Regulations for the medical services of the Army of India
Year: 1930
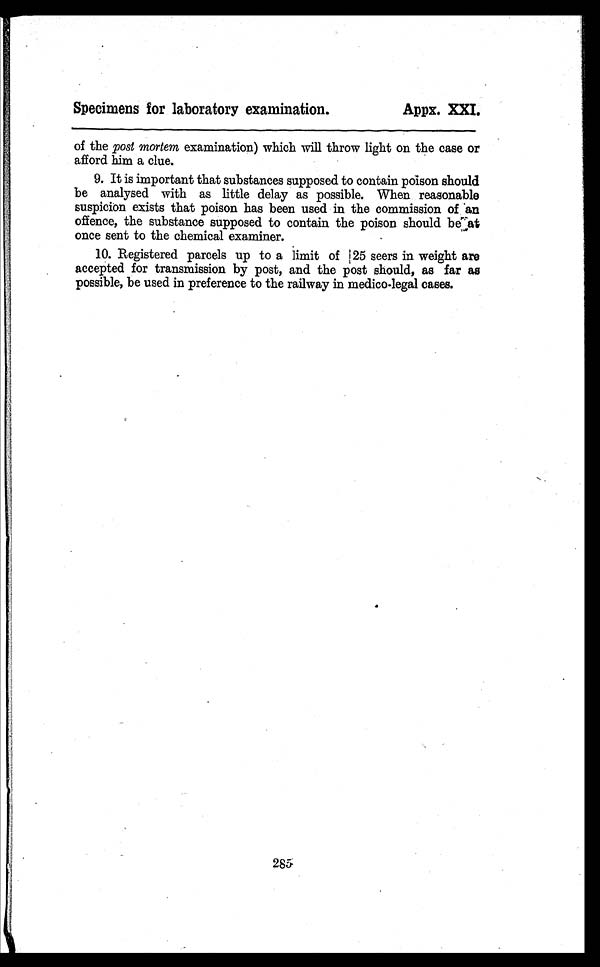
Specimens for laboratory examination.
Appx. XXI.
of the post mortem examination) which will throw light on the case or
afford him a clue.
9. It is important that substances supposed to contain poison should
be analysed with as little delay as possible. When reasonable
suspicion exists that poison has been used in the commission of an
offence, the substance supposed to contain the poison should be at
once sent to the chemical examiner.
10. Registered parcels up to a limit of 25 seers in weight are
accepted for transmission by post, and the post should, as far as
possible, be used in preference to the railway in medico-legal cases.
285